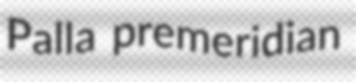
Palla premeridian